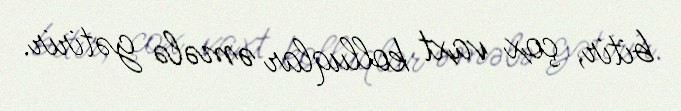
bitir, çox vaxt kolluqlar əmələ gətirir.